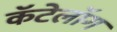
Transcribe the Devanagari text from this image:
कॅटेलॉग